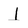
Character: I